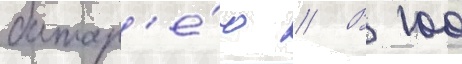
батар'е́ю // В 100